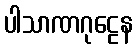
ပါသာဏဂုဠေန